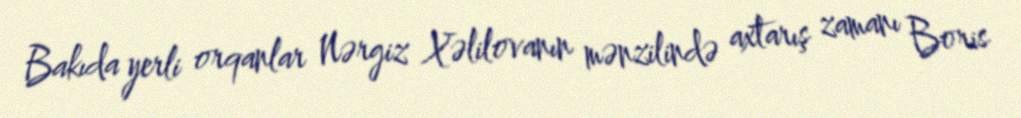
Bakıda yerli orqanlar Nərgiz Xəlilovanın mənzilində axtarış zamanı Boris